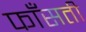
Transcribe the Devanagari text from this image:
फाँसती